画像に写った文字を読んでください
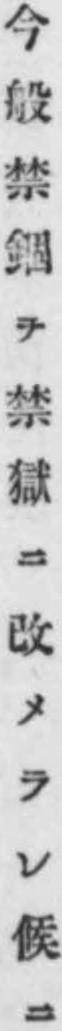
「今般禁錮ヲ禁獄ニ改メラレ候ニ」と書いてあります